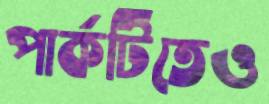
পার্কটিতেও